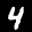
Label: 4